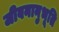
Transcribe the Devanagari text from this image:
जीवनानुभूति